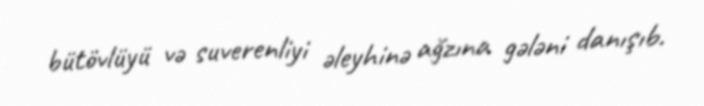
bütövlüyü və suverenliyi əleyhinə ağzına gələni danışıb.